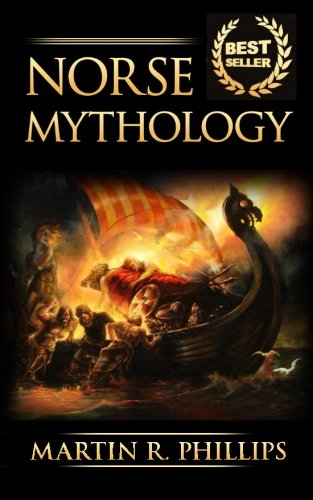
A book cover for Norse Mythology: Discover the Ancient Secrets of Norse Mythology; Martin R. Phillips; History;